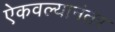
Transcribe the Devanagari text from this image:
ऐकवल्यानंतर